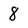
Character: 8